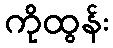
ကိုထွန်း